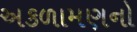
અકળામણનો